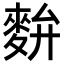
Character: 𪌚